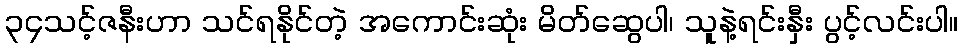
၃၄သင့်ဇနီးဟာ သင်ရနိုင်တဲ့ အကောင်းဆုံး မိတ်ဆွေပါ၊ သူနဲ့ရင်းနှီး ပွင့်လင်းပါ။